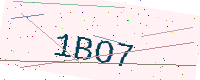
Text: 1BO7